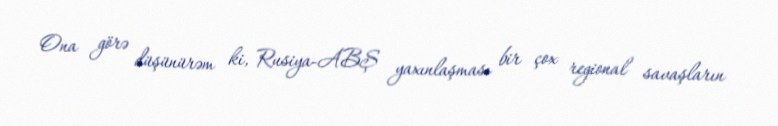
Ona görə düşünürəm ki, Rusiya-ABŞ yaxınlaşması bir çox regional savaşların